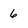
Character: 6